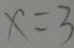
x = 3